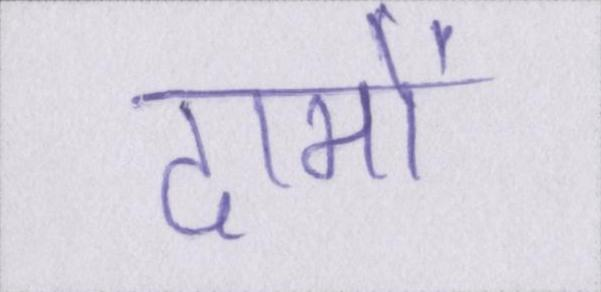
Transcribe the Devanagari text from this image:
दामों